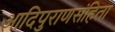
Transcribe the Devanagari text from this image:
आदिपुराणसंहिता